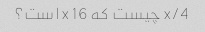
x/4 چیست که x 16 است؟